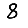
Digit: 8